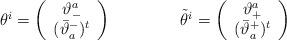
LaTeX: \begin{align*}\begin{array}{cc}\theta^{i}=\left(\begin{array}{c} \vartheta^{a}_{-}\\ (\bar{\vartheta}^{-}_{a})^{t} \end{array}\right)~~~~~&~~~~~\tilde{\theta}^{i}=\left(\begin{array}{c} \vartheta^{a}_{+}\\ (\bar{\vartheta}^{+}_{a})^{t} \end{array}\right)\end{array}\end{align*}